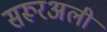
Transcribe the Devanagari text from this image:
सरूरअली